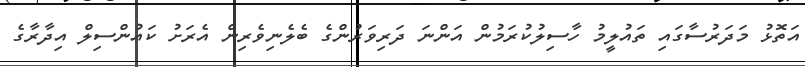
އަތޮޅު މަދަރުސާގައި ތައުލީމު ހާސިލުކުރަމުން އަންނަ ދަރިވަރުންގެ ބެލެނިވެރިން އެރަށު ކައުންސިލް އިދާރާގެ